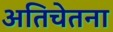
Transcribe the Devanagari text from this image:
अतिचेतना